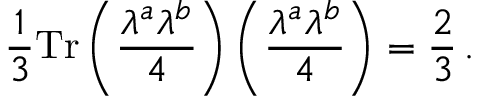
\frac { 1 } { 3 } \mathrm { T r } \left( \frac { \lambda ^ { a } \lambda ^ { b } } { 4 } \right) \left( \frac { \lambda ^ { a } \lambda ^ { b } } { 4 } \right) = \frac { 2 } { 3 } \, .